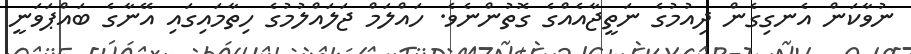
ނުވާކަން އެނގިގެން ދިއުމުގެ ނަތީޖާއެއްގެ ގޮތުންނެވެ. ހައްލަމް ޖަލައްލުމުގެ ހިތާމައިގައި އޭނާގެ ބައްޕަވަނީ